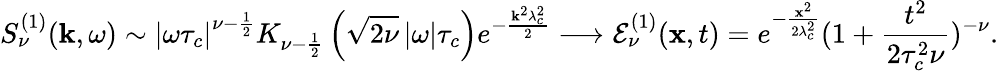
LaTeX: S_{\nu}^{(1)}(\mathbf{k},\omega)\sim\left|\omega\tau_{c}\right|^{\nu-\frac{1}{2}}K_{\nu-\frac{1}{2}}\left(\sqrt{2\nu}\left|\omega\right|\tau_{c}\right)e^{-\frac{\mathbf{k}^{2}\lambda_{c}^{2}}{2}}\longrightarrow\mathcal{E}_{\nu}^{(1)}(\mathbf{x},t)=e^{-\frac{\mathbf{x}^{2}}{2\lambda_{c}^{2}}}(1+\frac{t^{2}}{2\tau_{c}^{2}\nu})^{-\nu}.